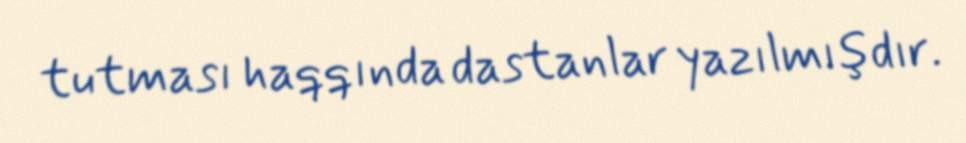
tutması haqqında dastanlar yazılmışdır.